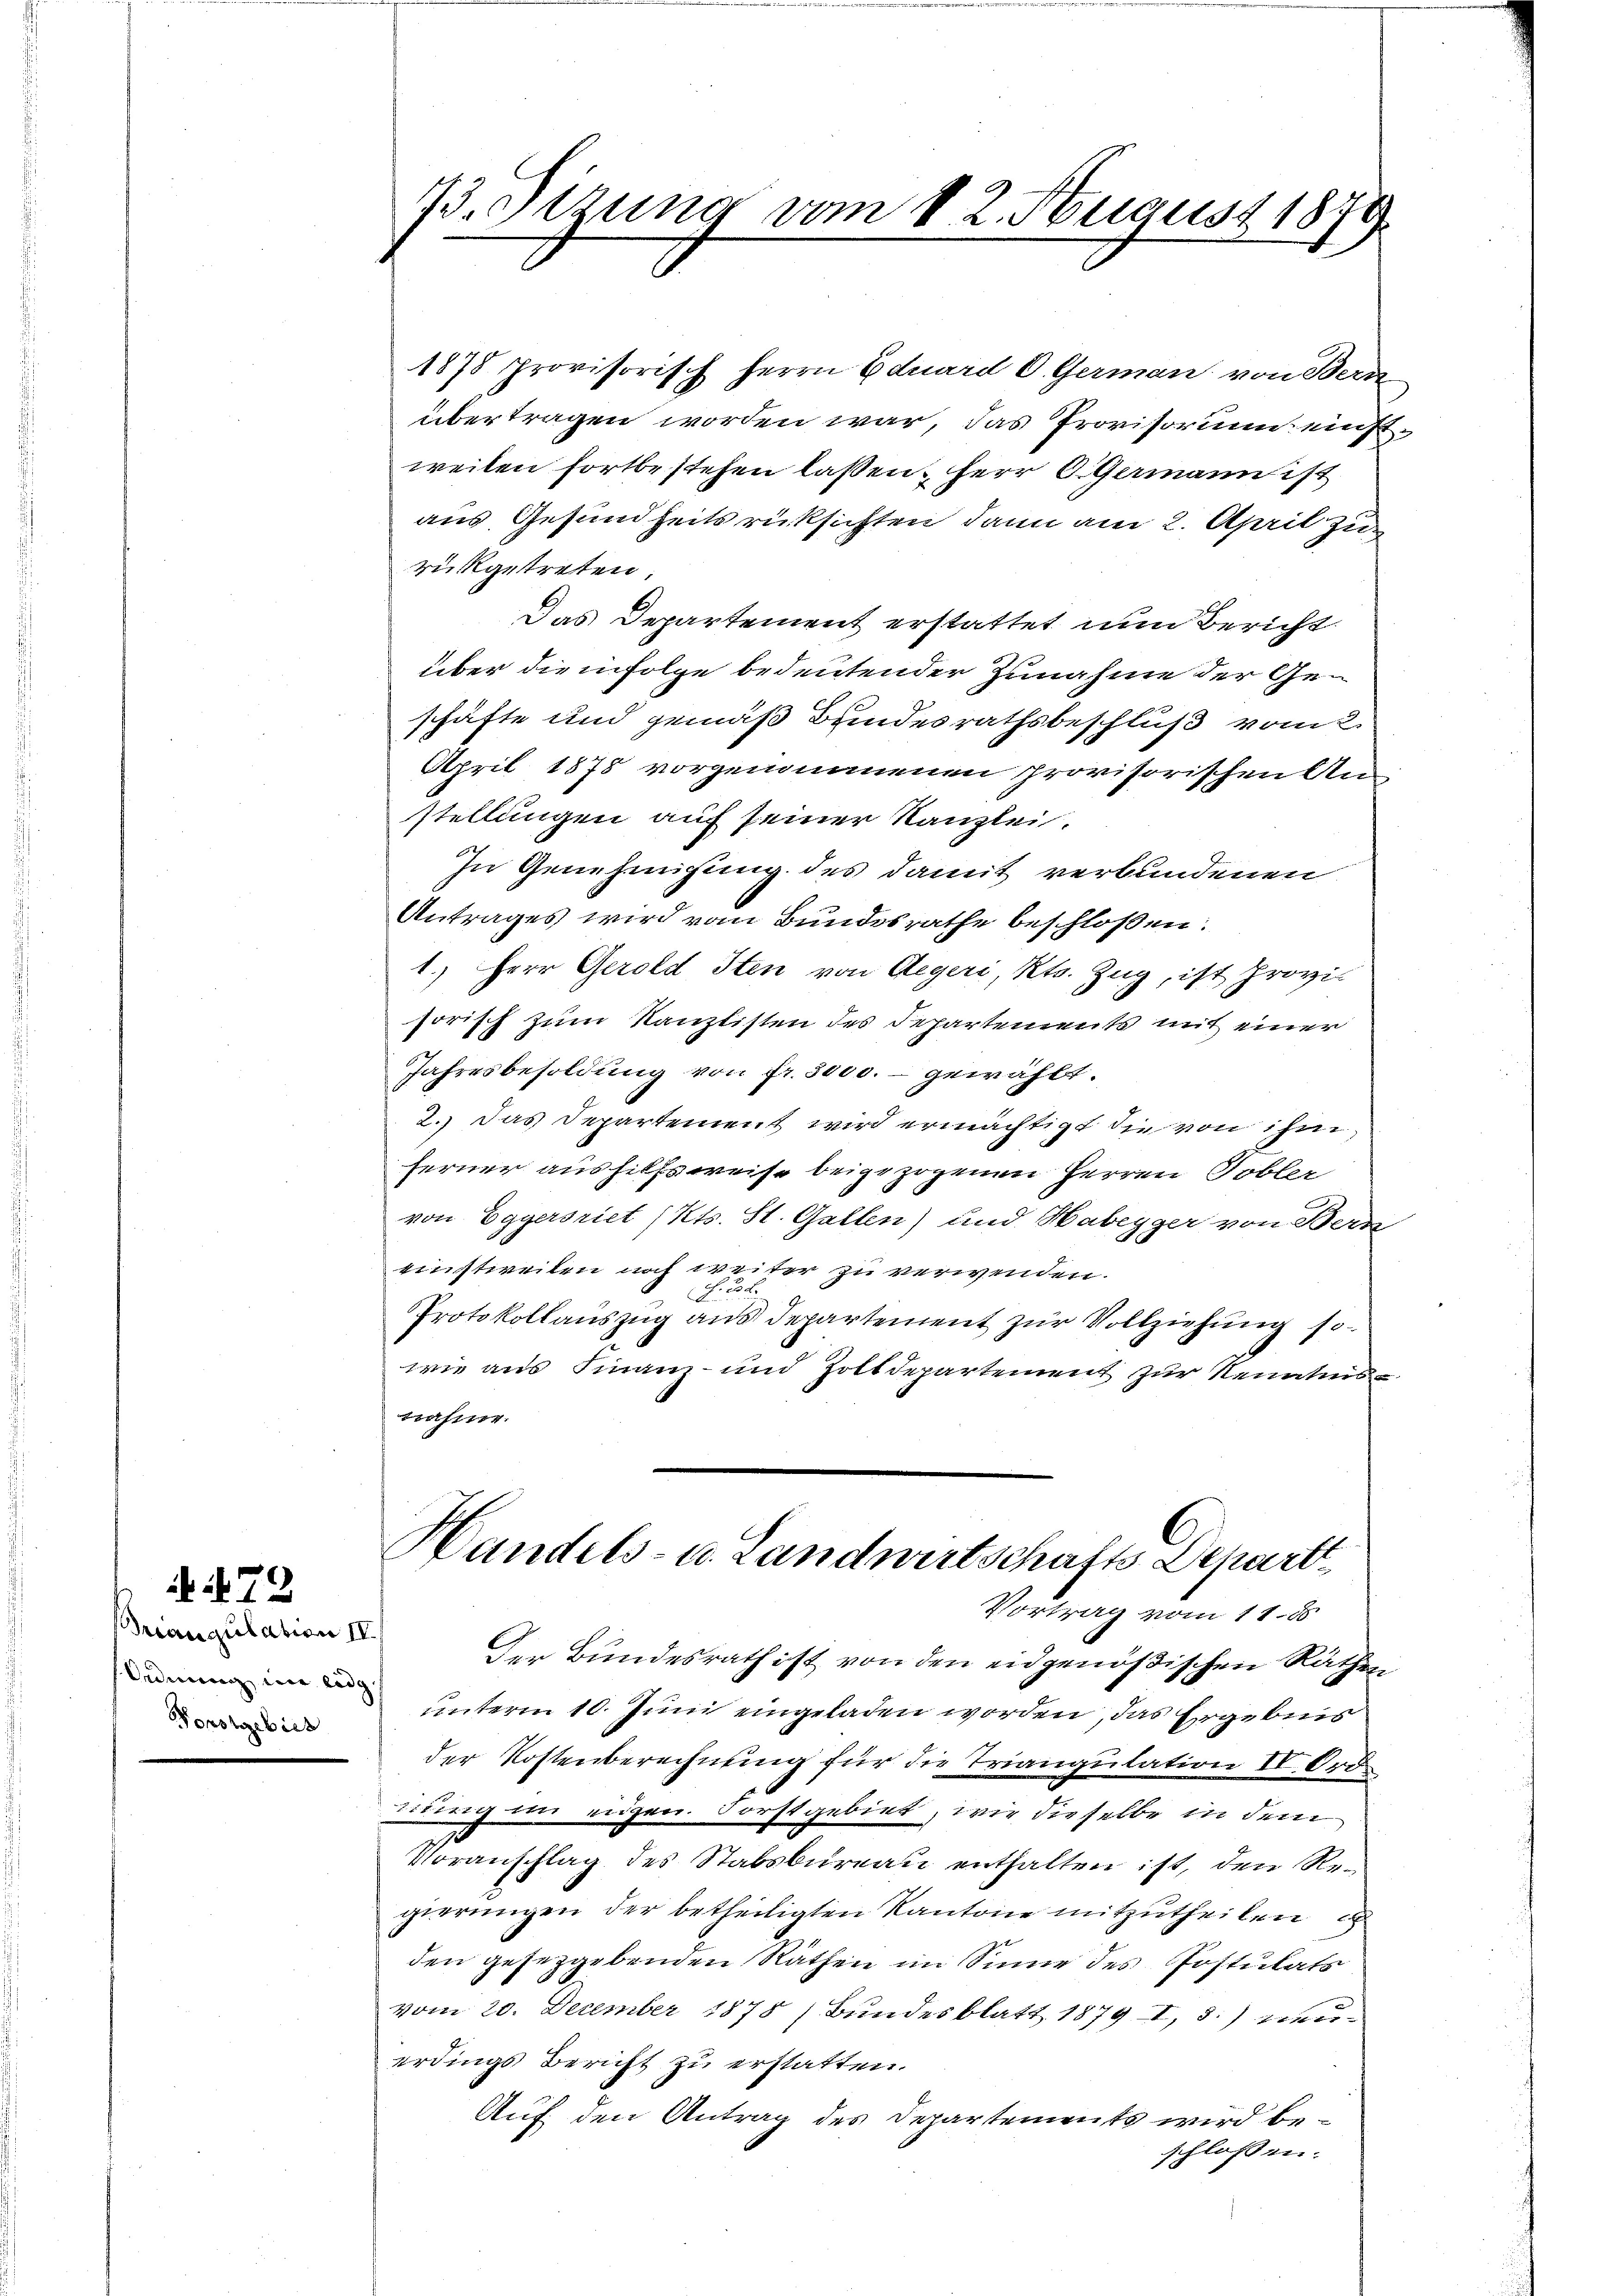
79
Briangulation IV
sordnung im eidg
Forstgebiet

1878 provisorisch Herrn Eduard C. German von Bern
übertragen worden war, das Provisorium einstweilen fortbestehen lassen, Herr O. Germann ist
aus Gesundheitsrücksichten dann am 2. April zu
rükgetreten.
Das Departement erstattet und Bericht
über die infolge bedeutender Zunahme der Geschäfte und gemäß Bundesrathsbeschluß vom 2.
April 1878 vorgenommenen provisorischen Anstellungen auf seiner Kanzlei.
In Genehmigung des damit verbundenen
Antrages wird vom Bundesrathe beschloßen:
1.) Herr Gerold Iten von Aegeri, Kts. Zug, ist Provisorisch zum Kanzlisten des Departements mit einer
Jahresbesoldung von fr. 3000.- gewählt.
2.) Das Departement wird ermächtigt die von ihm
ferner aushilfsweise beigezogenen Herren Tobler
von Eggersriet (Kts. St. Gallen) und Habeyger von Bern
einstweilen noch weiter zu verwenden.
r
x
Protokollauszug aus Departement zur Vollziehung so
wie aus Finanz- und Zolldepartement zur Kenntnis
nahme.

73. Sizung vom 12. August 1879.

Handels- u. Landwirtschafts Depart
Vortrag vom 11. ds

Der Bundesrath ist von den eidgenößischen Räthen
unterm 10. Juni eingeladen worden, das Ergebnis
der Kostenberechnung für die Triangulation IV. Ord.
unng im eidgen. Forstgebiet, wie dieselbe in dem
Voranschlag des Stabsbureau enthalten ist, den Regierungen der betheiligten Kantone mitzutheilen
den gesetzgebenden Räthen im Sinne des Postulats
vom 20. December 1878 / Bundesblatt 1879 I, 3.) einer
erdings Bericht zu erstatten.
Auf den Antrag des Departements wird beschlossen.